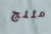
مثلج